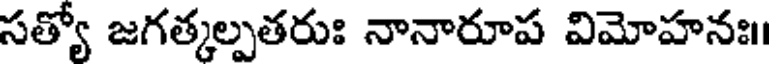
సత్యో జగత్కల్పతరుః నానారూప విమోహనః।